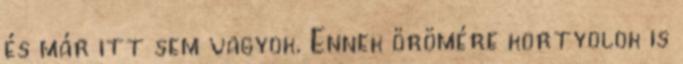
és már itt sem vagyok. Ennek örömére kortyolok is